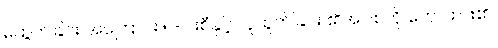
မထွက်ခြင်း အကြောင်း ၅-ပါးစီနှင့် လူထွက်ခြင်း ၏အပြစ်ကို ဟောထား၏။